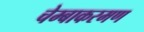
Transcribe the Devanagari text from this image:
चेम्बाकरमण